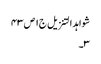
شواہد التنزیل ج١ ص ٤٣
٣۔